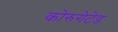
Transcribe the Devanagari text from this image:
कोरुगेटेड